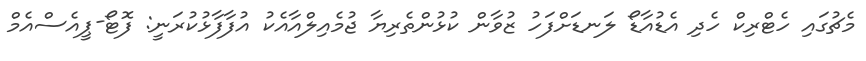
މެޗުގައި ހެޓްރިކް ހެދި އެޑުއާޑޯ ލަނޑަށްފަހު ޒުވާން ކުޅުންތެރިޔާ ޖުމެއިލްއާއެކު އުފާފާޅުކުރަނީ: ފޮޓޯ-ޕީއެސްއެމް